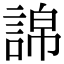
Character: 䛲